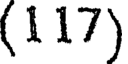
(117)